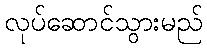
လုပ်ဆောင်သွားမည်